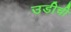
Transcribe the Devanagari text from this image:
उडीची